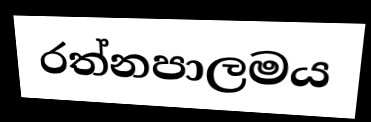
රත්නපාලමය